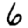
Digit: 6